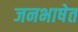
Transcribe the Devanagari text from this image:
जनभाषेत